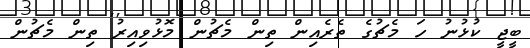
ބީޖީ ކުޅުނު ހަ މެޗުގެ ތެރެއިން ތިން މެޗުން މޮޅުވިއިރު ތިން މެޗުން